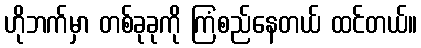
ဟိုဘက်မှာ တစ်ခုခုကို ကြံစည်နေတယ် ထင်တယ်။